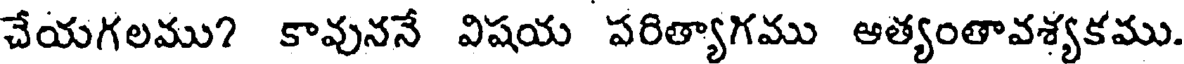
చేయగలము? కావుననే విషయ పరిత్యాగము ఆత్యంతావశ్యకము.